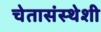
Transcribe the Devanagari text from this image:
चेतासंस्थेशी